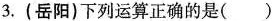
3.(岳阳)下列运算正确的是()